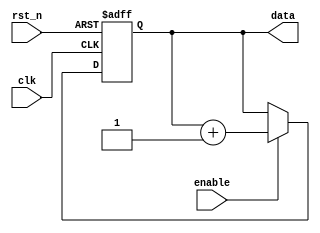
module reset_example (
    input wire clk,          // Clock signal
    input wire rst_n,       // Active-low reset signal
    input wire enable,      // Enable signal for normal operation
    output reg [7:0] data   // 8-bit register
);

    // Initial state is defined in the always block for synthesis
    initial begin
        data = 8'b00000000; // Initialize data to zero
    end

    // Behavioral modeling block with reset condition
    always @(posedge clk or negedge rst_n) begin
        if (!rst_n) begin
            // Behavior on reset: Initialize registers and clear outputs
            data <= 8'b00000000; // Reset data to zero
            // Additional registers can be reset here
        end else begin
            // Normal operation
            if (enable) begin
                // Sample behavior: increment data on enable
                data <= data + 1'b1; // Increment data
            end
        end
    end

endmodule